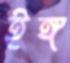
ইঙ্গ